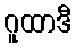
ဂူထာဒီ